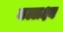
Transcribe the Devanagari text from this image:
मल्लक्ष्य